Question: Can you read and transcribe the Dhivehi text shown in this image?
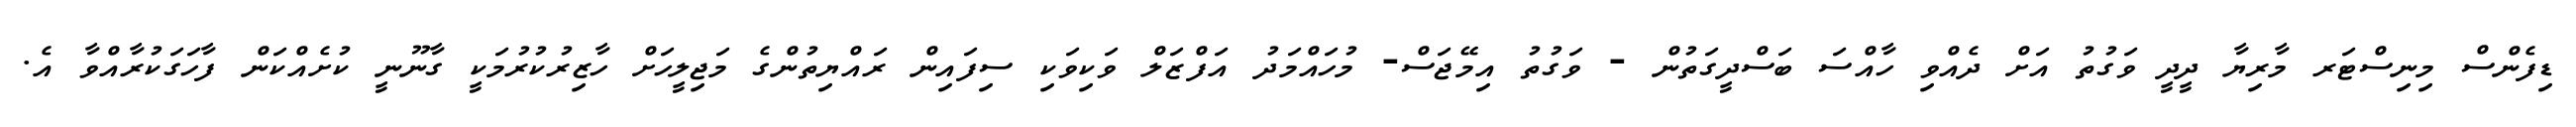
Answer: ޑިފެންސް މިނިސްޓަރ މާރިޔާ ދީދީ ވަގުތު އަށް ދެއްވި ހާއްސަ ބަސްދީގަތުން - ވަގުތު އިމޭޖަސް- މުހައްމަދު އަފްޒަލް ވަކިވަކި ސިފައިން ރައްޔިތުންގެ މަޖިލީހަށް ހާޒިރުކުރުމަކީ ގާނޫނީ ކުށެއްކަން ފާހަގަކުރާއްވާ އެ.